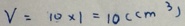
V = 1 0 \times 1 = 1 0 ( c m ^ { 3 } )